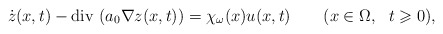
\begin{align*}\dot z (x,t)-{\rm div}\, \left(a_0 \nabla z(x,t)\right)= \chi_\omega(x) u(x,t) \qquad(x\in \Omega,\ \ t\geqslant 0),\end{align*}